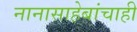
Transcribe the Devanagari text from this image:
नानासाहेबांचाही